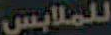
للملابس